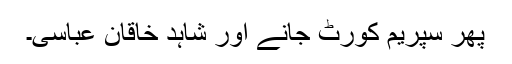
پھر سپریم کورٹ جانے اور شاہد خاقان عباسی۔